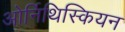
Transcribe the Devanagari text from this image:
ओर्निथिस्कियन